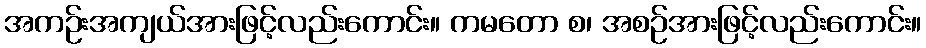
အကဉ်းအကျယ်အားဖြင့်လည်းကောင်း။ ကမတော စ၊ အစဉ်အားဖြင့်လည်းကောင်း။